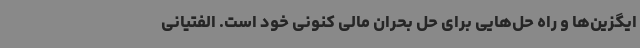
ایگزین‌ها و راه حل‌هایی برای حل بحران مالی کنونی خود است. الفتیانی